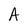
Character: A